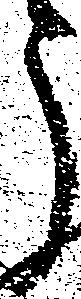
う